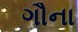
ગૌના